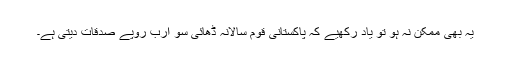
یہ بھی ممکن نہ ہو تو یاد رکھیے کہ پاکستانی قوم سالانہ ڈھائی سو ارب روپے صدقات دیتی ہے۔